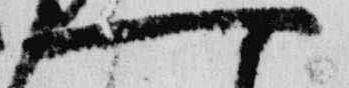
一